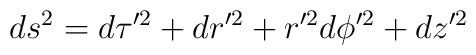
ds^2=d\tau'^2 +dr'^2 +r'^2d\phi'^2 + dz'^2